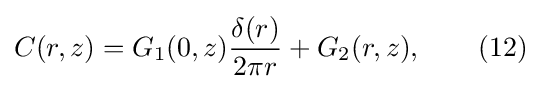
C(r,z)=G_{1}(0,z){\frac {\delta (r)}{2\pi r}}+G_{2}(r,z),\qquad (12)